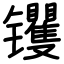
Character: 䦆